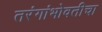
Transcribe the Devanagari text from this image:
तरंगांभोवतीचा